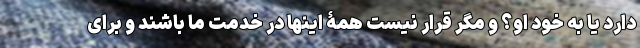
دارد یا به خود او؟ و مگر قرار نیست همۀ اینها در خدمت ما باشند و برای